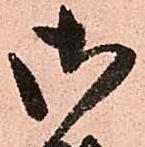
御